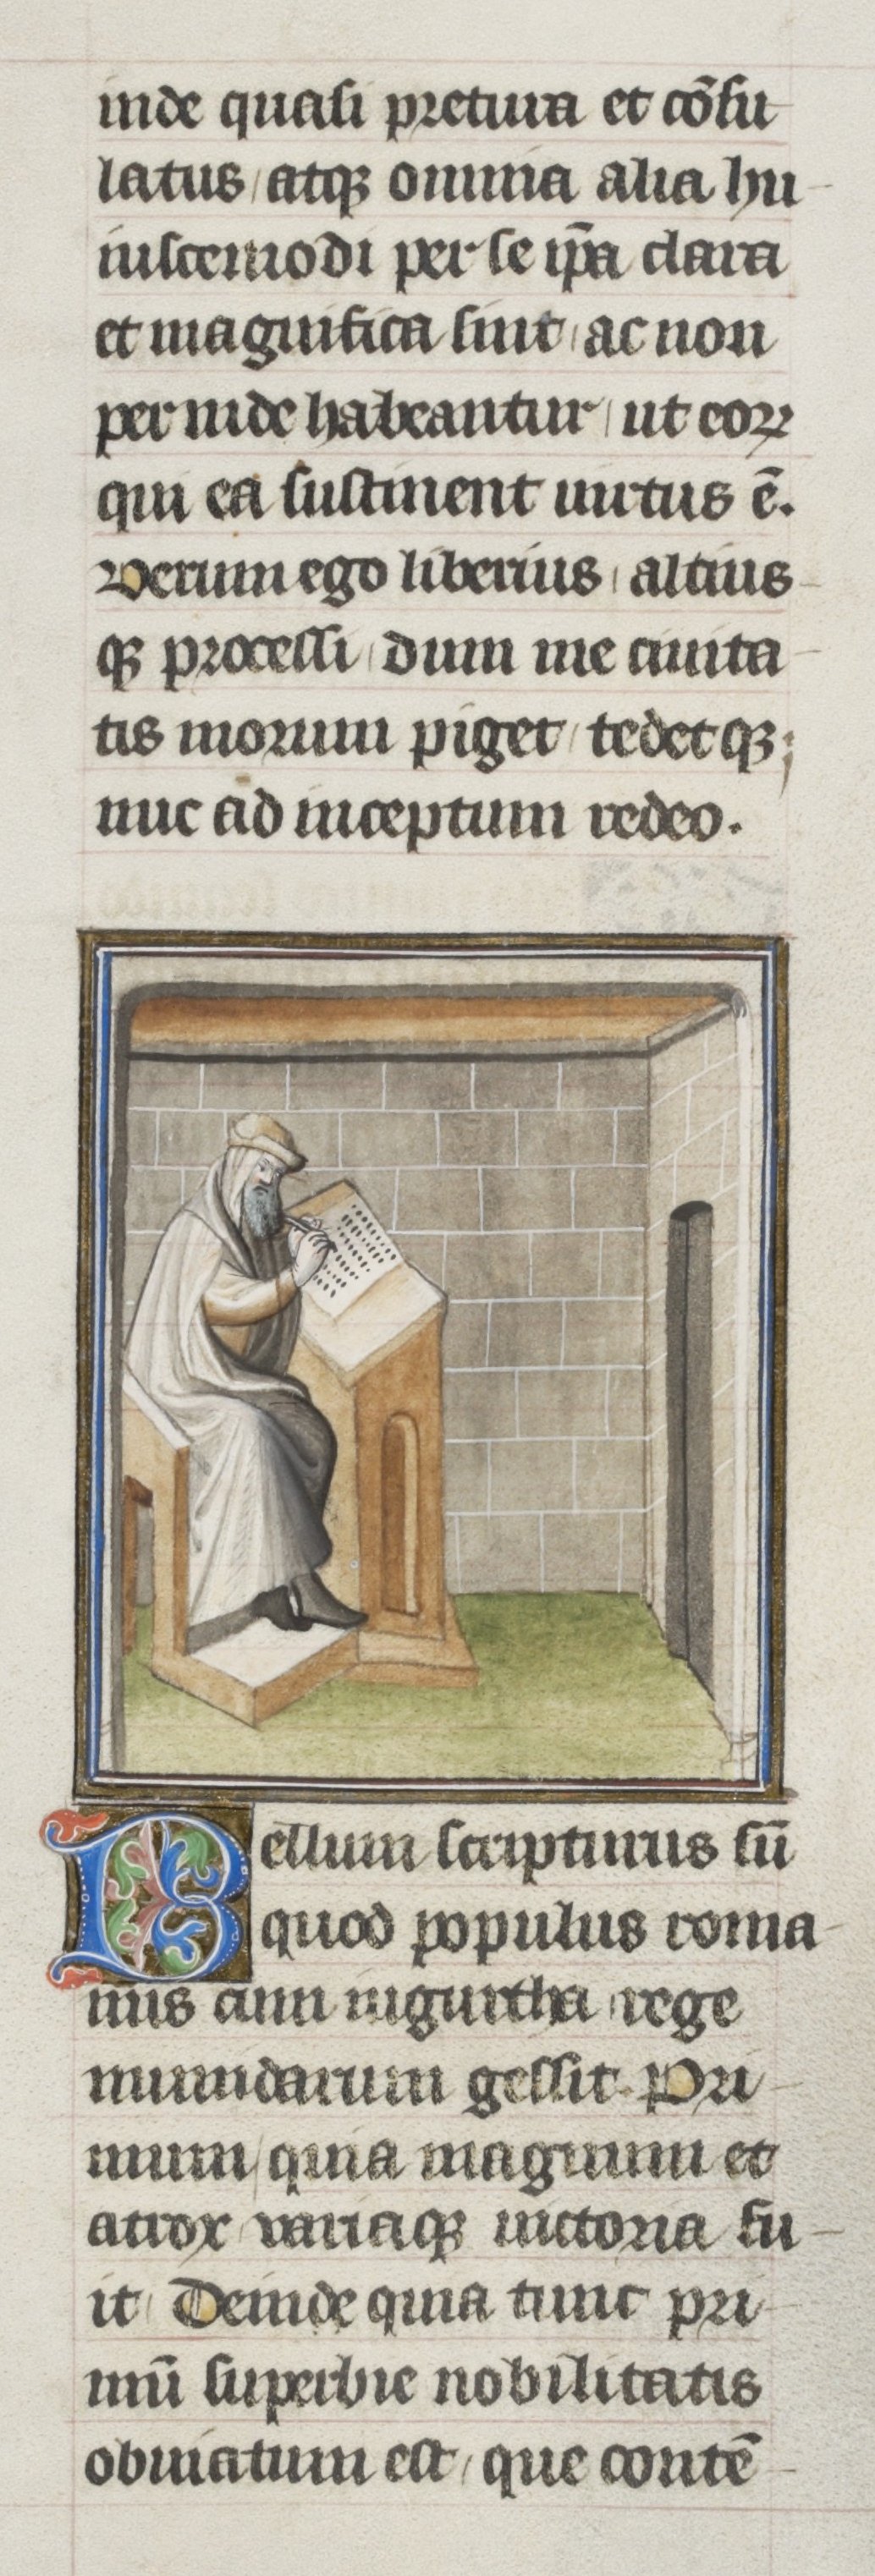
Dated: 1405–1435